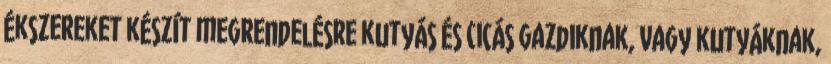
ékszereket készít megrendelésre kutyás és cicás gazdiknak, vagy kutyáknak,